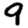
Digit: 9